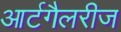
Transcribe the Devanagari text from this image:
आर्टगैलरीज